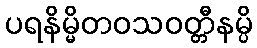
ပရနိမ္မိတဝသဝတ္တီနမ္ပိ